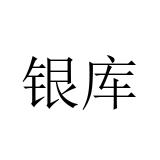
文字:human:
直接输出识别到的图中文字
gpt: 银库